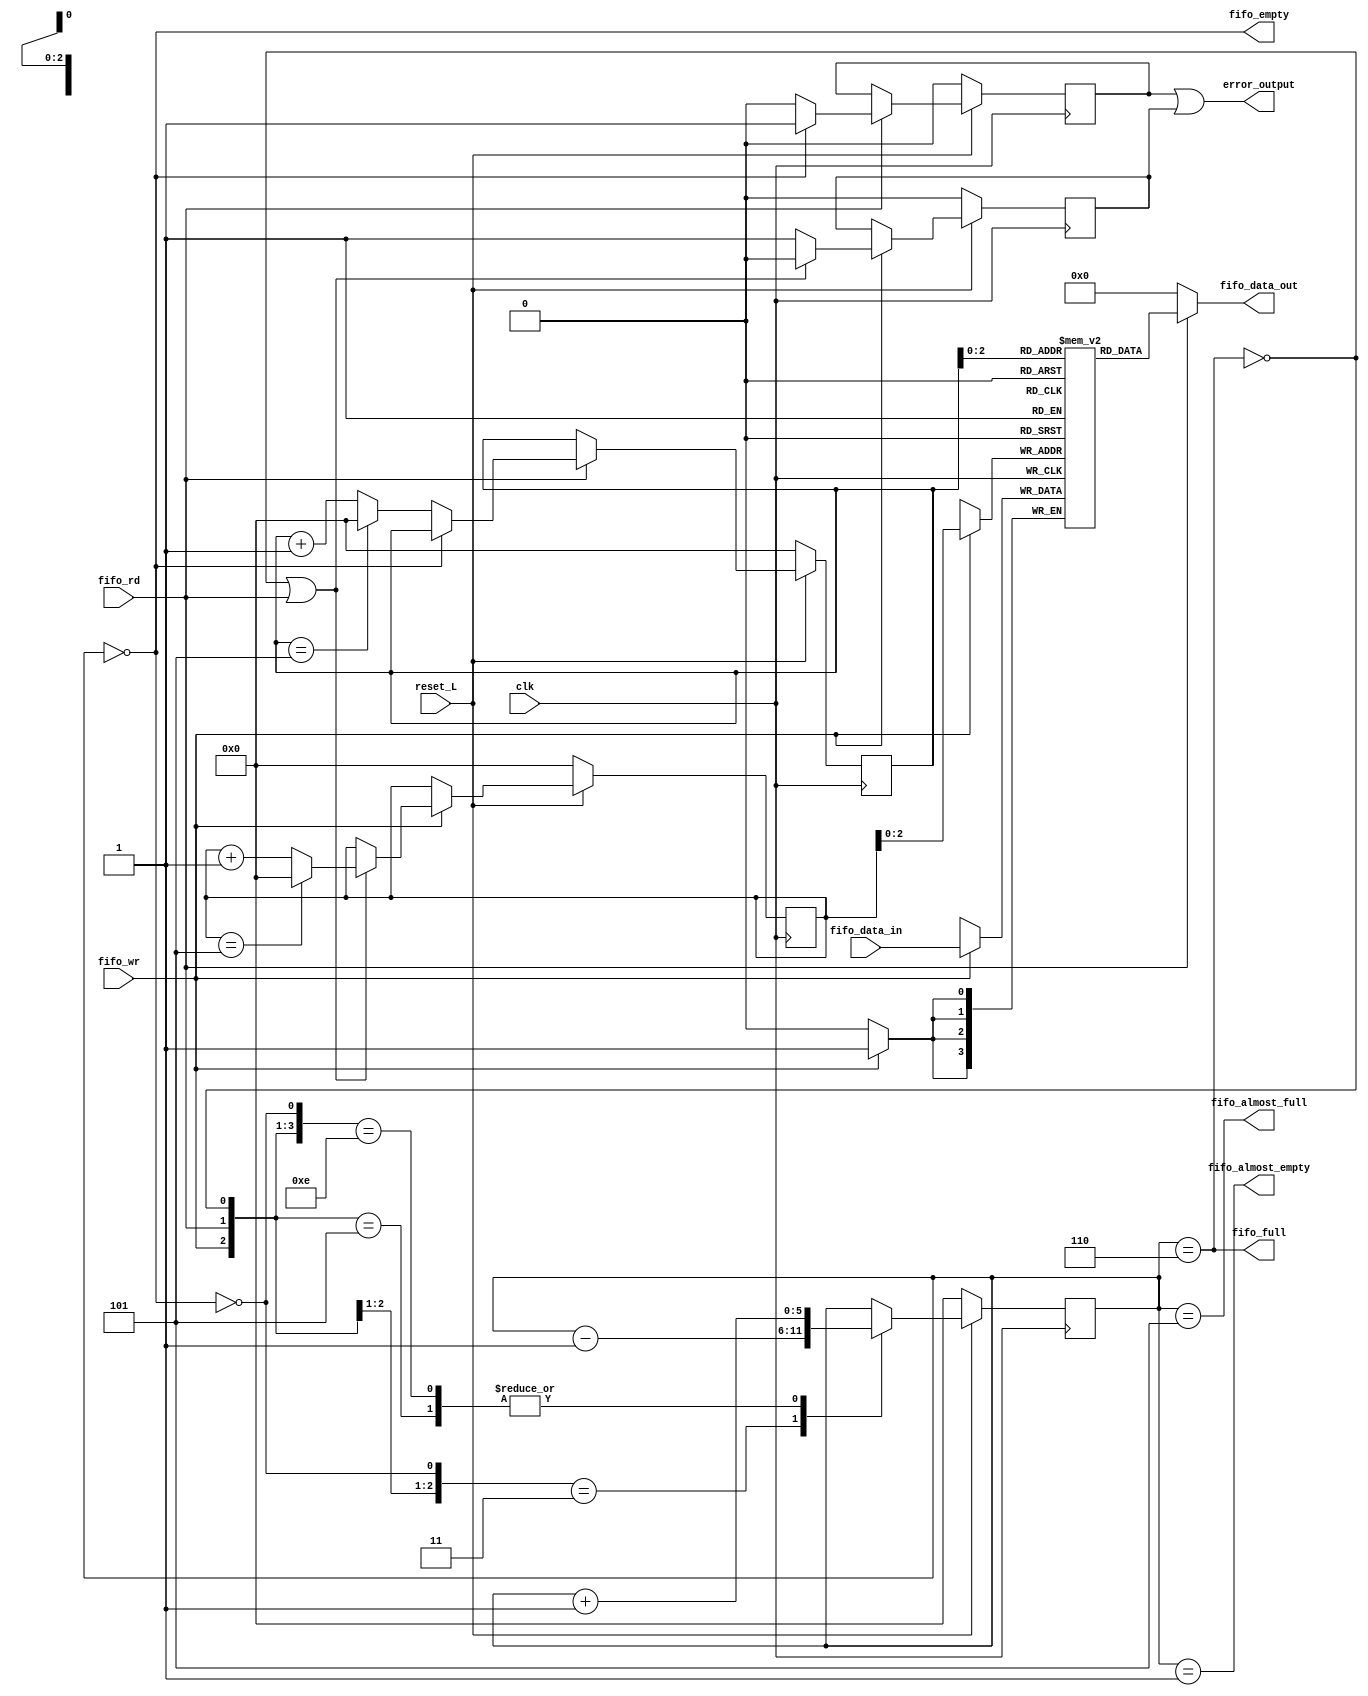
module fifo #(
parameter		BW=4,	// Byte/data width
parameter [3:0]	LEN=6,
parameter TOL = 1)

(
	
	input	wire			clk, reset_L,
	input	wire			fifo_wr,
	input	wire [(BW-1):0]	fifo_data_in,
	input	wire			fifo_rd,
	output	reg [(BW-1):0]	fifo_data_out,
	output  reg 			error_output,
	output   				fifo_full,
	output   				fifo_empty,
	output   				fifo_almost_full,
	output   				fifo_almost_empty);

	reg	[(LEN-1):0] rdaddr, wraddr, o_fill;
	reg	[(BW-1):0]	mem	[0:(LEN-1)];
	reg overrun, underrun;
	wire full, empty;
	wire [(LEN-1):0] nxtaddr;


	always @(posedge clk)
		if (fifo_wr)
			mem[wraddr] <= fifo_data_in;


	always @(*) begin
		fifo_data_out = 0;
		if (fifo_rd) begin
			fifo_data_out = mem[rdaddr];
		end
	end



	always @(posedge clk)
		if (~reset_L)
		begin
			wraddr <= 0;
			overrun  <= 0;
		end else if (fifo_wr)
		begin
			// Update the FIFO write address any time a write is made to
			// the FIFO and it's not FULL.
			//
			// OR any time a write is made to the FIFO at the same time a
			// read is made from the FIFO.
			if ((!full)||(fifo_rd)) begin
				if (wraddr == LEN-1) begin
					wraddr <=0;
				end else begin
					wraddr <= (wraddr + 1'b1);
				end
				overrun <= 0;
			end
			else
				overrun <= 1'b1;
		end


	always @(posedge clk)
		if (~reset_L)
		begin
			rdaddr <= 0;
			underrun <= 0;
		end else if (fifo_rd)
		begin
			// On any read request, increment the pointer if the FIFO isn't
			// empty--independent of whether a write operation is taking
			// place at the same time.
			if (!empty) begin
				if (rdaddr == LEN-1)begin
					rdaddr <= 0;
				end else begin
					rdaddr <= rdaddr + 1'b1;
				end
				underrun <= 0;
			end
			else
				// If a read is requested, but the FIFO was empty, set
				// an underrun error flag.
				underrun <= 1'b1;
		end


	always @(posedge clk) begin
		if (~reset_L)
		begin
			o_fill <= 0;
		end else casez({ fifo_wr, fifo_rd, !full, !empty })
		4'b01?1: o_fill <= o_fill - 1'b1;	// A successful read
		4'b101?: o_fill <= o_fill + 1'b1;	// A successful write
		4'b1110: o_fill <= o_fill + 1'b1;	// Successful write, failed read
		// 4'b11?1: Successful read *and* write -- no change
		default: o_fill <= o_fill;	// Default, no change
		endcase
	end
	// Porque esto no se puede poner en un assign is beyond me
	always @(*)begin
		error_output = underrun | overrun;
	end

	always @(posedge clk) begin
		if (fifo_almost_full) begin
			
		end

	end


	assign	nxtaddr = wraddr + 1'b1;
	assign	full  = (o_fill == LEN);
	assign	empty = (o_fill == 0);
	assign  fifo_full = full;
	assign  fifo_empty = empty;
	assign 	fifo_almost_empty = (o_fill == 1);
	assign 	fifo_almost_full = (o_fill == 5);
	

endmodule